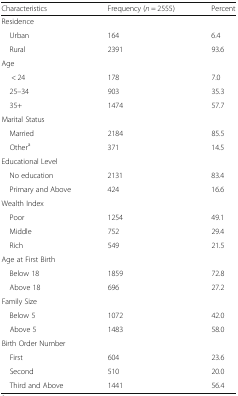
| Characteristics | Frequency (n = 2555) | Percent |
 | --- | --- | --- |
 | <COLSPAN=3> Residence |
 | Urban | 164 | 6.4 |
 | Rural | 2391 | 93.6 |
 | <COLSPAN=3> Age |
 | < 24 | 178 | 7.0 |
 | 25–34 | 903 | 35.3 |
 | 35+ | 1474 | 57.7 |
 | <COLSPAN=3> Marital Status |
 | Married | 2184 | 85.5 |
 | Othera | 371 | 14.5 |
 | <COLSPAN=3> Educational Level |
 | No education | 2131 | 83.4 |
 | Primary and Above | 424 | 16.6 |
 | <COLSPAN=3> Wealth Index |
 | Poor | 1254 | 49.1 |
 | Middle | 752 | 29.4 |
 | Rich | 549 | 21.5 |
 | <COLSPAN=3> Age at First Birth |
 | Below 18 | 1859 | 72.8 |
 | Above 18 | 696 | 27.2 |
 | <COLSPAN=3> Family Size |
 | Below 5 | 1072 | 42.0 |
 | Above 5 | 1483 | 58.0 |
 | <COLSPAN=3> Birth Order Number |
 | First | 604 | 23.6 |
 | Second | 510 | 20.0 |
 | Third and Above | 1441 | 56.4 |